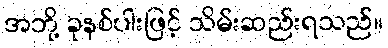
အဘို့ ခုနစ်ပါးဖြင့် သိမ်းဆည်းရသည်။